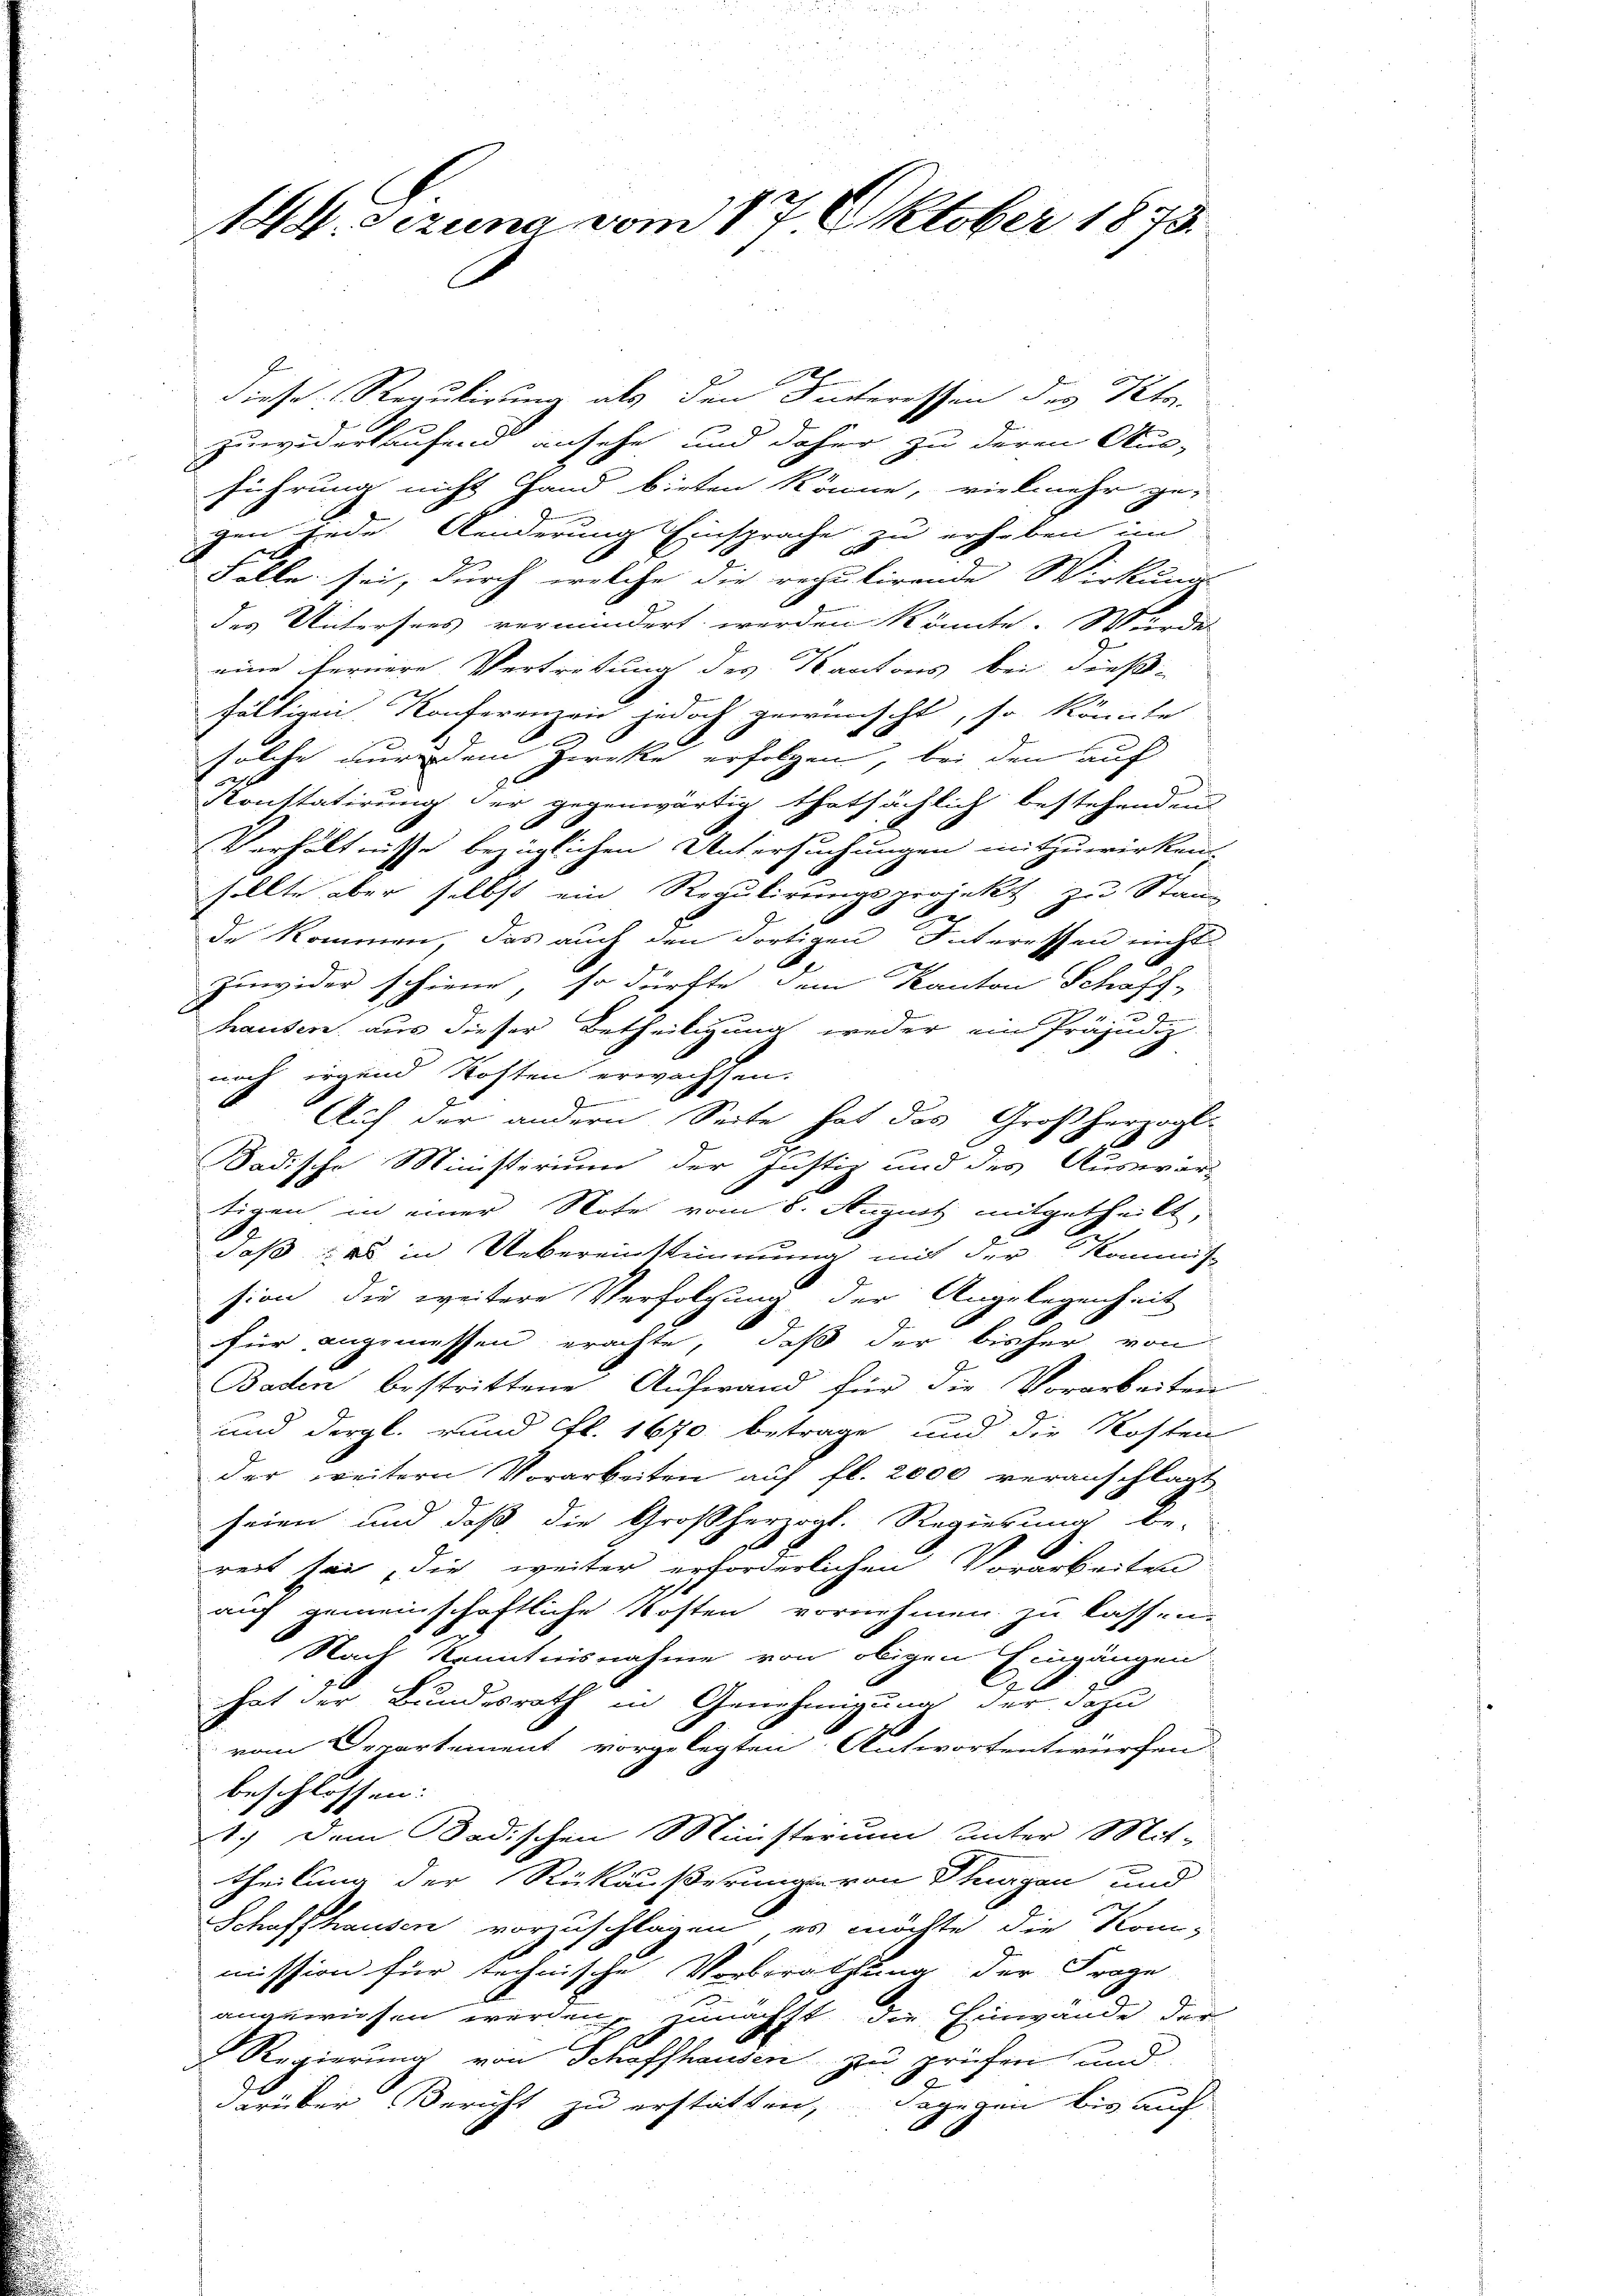
144. Sezung vom 17. Oktober 1873.

diese Regulirung als den Hinteressen der Petr.
zuwiderlaufend ansehe und daher zu deren Aus-
führung nicht Hand bieten könne, vielmehr ge-
gen jede Aenderung Einsprache zu erhoben im
Folle sei, durch welche die reculirende Wirkung
des Untersees vermindert werden könnte. Würde.
eine fernere Vertretung des Kantons bei dieß-
fälligen Konferenzen jedoch gewünscht, so könnte
s
solche nur dem Zwecke erfolgen, bei den auf
Konstatirung der gegenwärtig thatsächlich bestehenden
e
Verhältnisse bezüglichen Untersuchungen mitzuwirken.
sollte aber selbst ein Regulirungsprojekt zu Stan-
de kommen, das auch den dortigen Interessen nicht
2
zuwider schiene, so dürfte dem Kanton Schaff-
hausen, aus dieser Betheiligung weder ein Präjudiz
nach irgend Kosten erwachsen.
Ge
Auf der andern Seite hat das Großherwal-
2
A
a
Sadische Ministerium der Justiz und des Auswär-
tigen in einer Note vom 8. August mitgetheilt,
daß es in Uebereinstimmung mit der Kommiß
sion die weitere Verfolgung der Angelegenheit
für angemessen erachte, daß der bisher von
Baden bestrittene Aufwand für die Vorarbeiten
und dergl. und Al. 1670 betrage und die Kosten
der weitern Vorarbeiten auf fl. 2000 veranschlagt
seien und daß die Großherzogl. Regierung be-
reit sei, die weiter erforderlichen Vorarbeiten
auf gemeinschaftliche Kosten vornehmen zu kassen.
Nach Kenntnisnahme von obigen Eingängen
hat der Bundesrath in Genehmigung der dazu
vom Departement vorgelegten Antwortentwürfen:
beschlossen:
1.) Dem Badischen Ministerium unter Mit-
theilung der Rückäußerungeron Thurgau und
Schaffhausen vorzuschlagen, es möchte die Kommission für technische Vorberathung der Frage
angewiesen werden, zunächst die Einwände der
Regierung von Schaffhausen zu prüfen und
darüber Bericht zu erstatten, dagegen bis auch